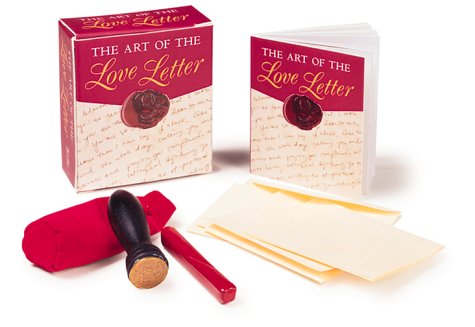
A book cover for The Art Of The Love Letter (Miniature Editions); Thomas Campbell II; Romance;